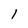
Character: I